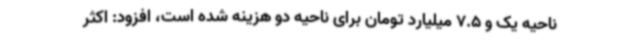
ناحیه یک و 7.5 میلیارد تومان برای ناحیه دو هزینه شده است، افزود: اکثر